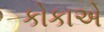
કોકાએ